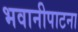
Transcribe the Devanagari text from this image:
भवानीपाटना